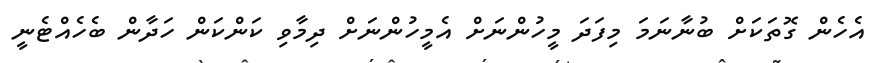
އެހެން ގޮތަކަށް ބުނާނަމަ މިފަދަ މީހުންނަށް އެމީހުންނަށް ދިމާވި ކަންކަން ހަދާން ބެހެއްޓެނީ